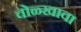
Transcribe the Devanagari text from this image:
वोळ्खावा